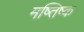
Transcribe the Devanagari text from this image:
मष्तिष्‍क